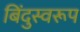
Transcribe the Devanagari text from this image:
बिंदुस्वरूप